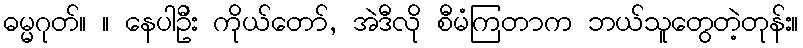
ဓမ္မဂုတ်။ ။ နေပါဦး ကိုယ်တော်, အဲဒီလို စီမံကြတာက ဘယ်သူတွေတဲ့တုန်း။